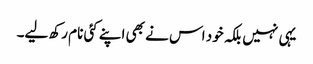
یہی نہیں بلکہ خود اس نے بھی اپنے کئی نام رکھ لیے۔